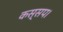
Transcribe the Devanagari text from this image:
कस्सप।